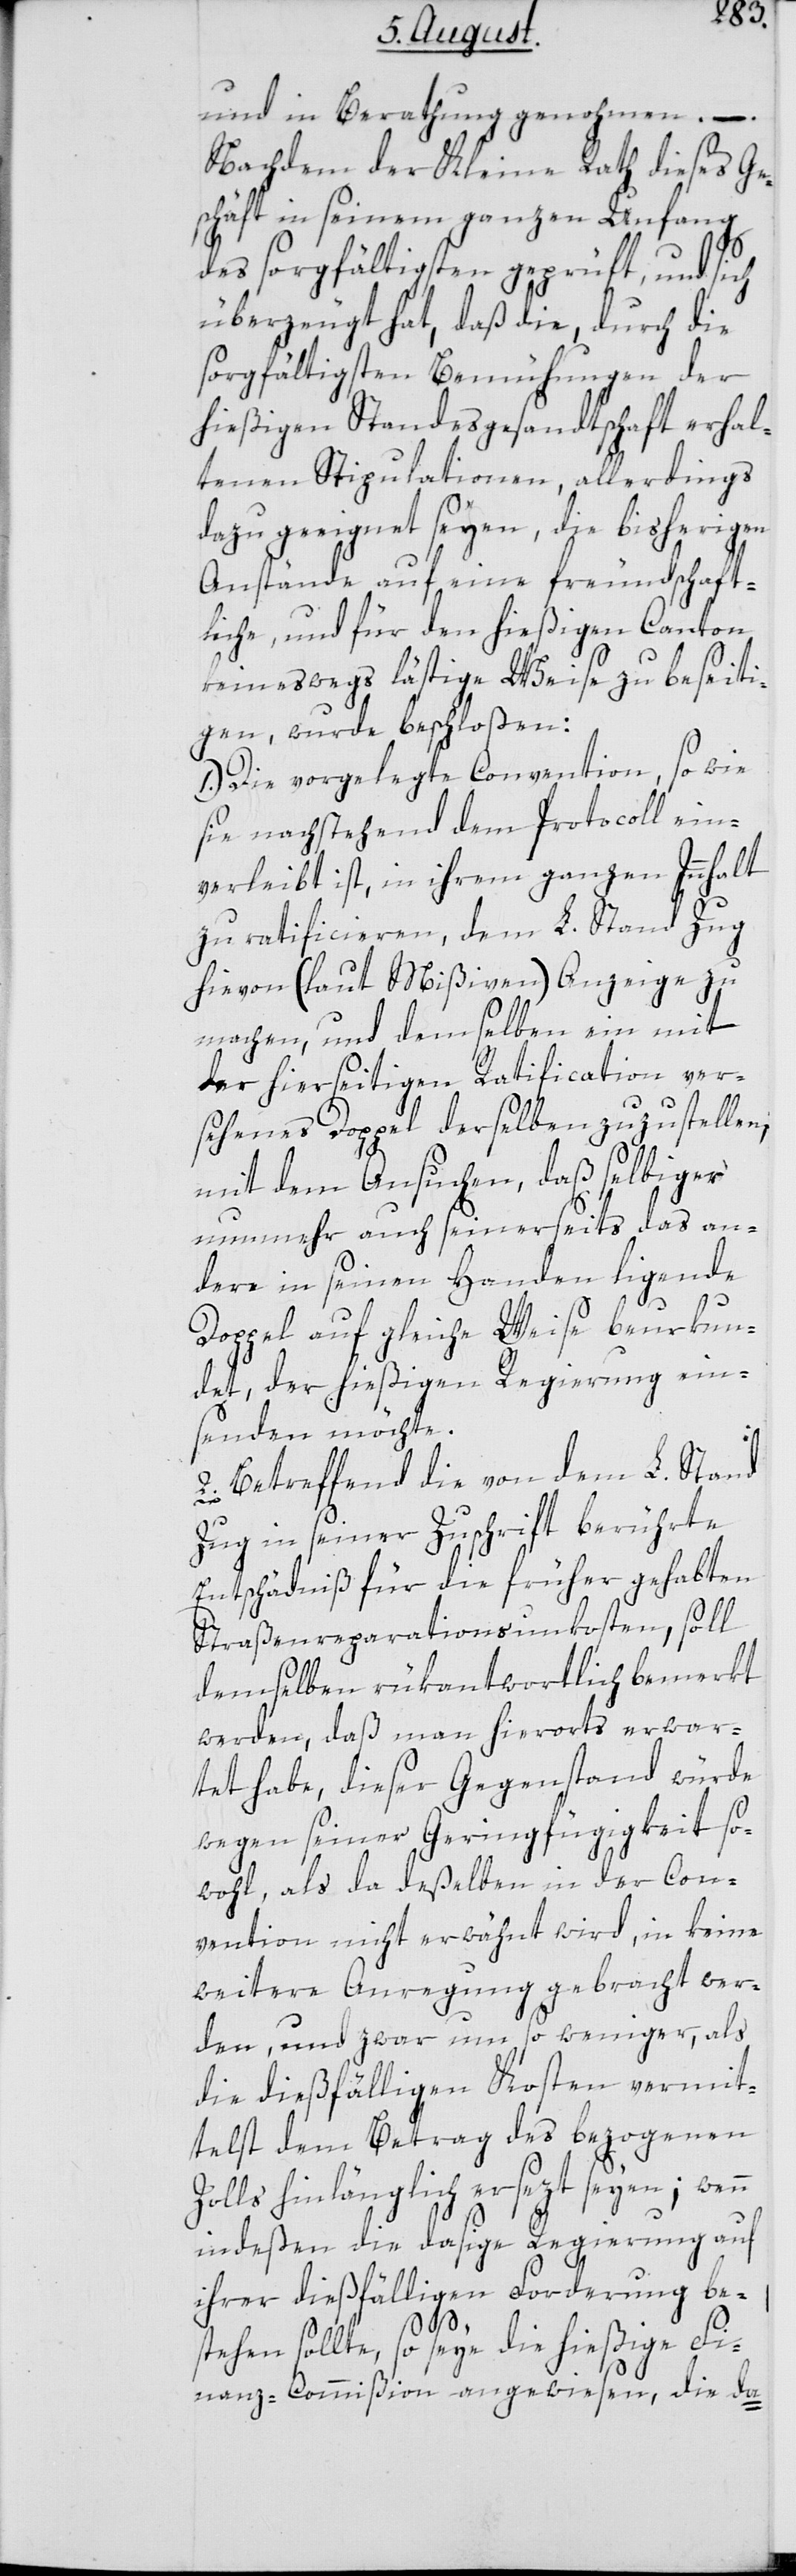
und in Berathung genohmen. –
Nachdem der Kleine Rath dieses Ge¬
schäft in seinem ganzen Umfang
des sorgfältigsten geprüft, und sich
überzeugt hat, daß die, durch die
sorgfältigsten Bemühungen der
hießigen Standesgesandtschaft erhal¬
tenen Stipulationen, allerdings
dazu geeignet seyen, die bisherigen
Anstände auf eine freundschaft¬
liche und für den hießigen Canton
keineswegs lästige Weise zu beseiti¬
gen, wurde beschloßen:
1.)Die vorgelegte Convention, so wie
sie nachstehend dem Protocoll ein¬
verleibt ist, in ihrem ganzen Innhalt
zu ratificieren, dem L. Stand Zug
hievon (laut Mißiven) Anzeige zu
machen, und demselben ein mit
der hierseitigen Ratification ver¬
sehenes Doppel derselben zuzustellen,
mit dem Ansuchen, daß selbiges
nunmehr auch seinerseits das an¬
dere in seinen Handen ligende
Doppel auf gleiche Weise beurkun¬
det, der hießigen Regierung ein¬
senden möchte.
2. Betreffend die von dem L. Stand
Zug in seiner Zuschrift berührte
Entschädniß für die früher gehabten
Straßenreparationsunkosten, soll
demselben rükantwortlich bemerkt
werden, daß man hierorts erwar¬
tet habe, dieser Gegenstand würde
wegen seiner Geringfügigkeit so¬
wohl, als da deßelben in der Con¬
vention nicht erwähnt wird, in keine
weitere Anregung gebracht wer¬
den, und zwar um so weniger, als
die dießfälligen Kosten vermit¬
telst dem Betrag des bezogenen
Zolls hinlänglich ersezt seyen; wenn
indeßen die dasige Regierung auf
ihrer dießfälligen Forderung be¬
stehen sollte, so seye die hießige Fi¬
nanz-Commißion angewiesen, die da-